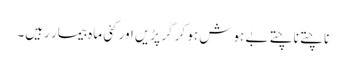
ناچتے ناچتے بے ہوش ہو کر گر پڑیں اور کئی ماہ بیمار رہیں۔